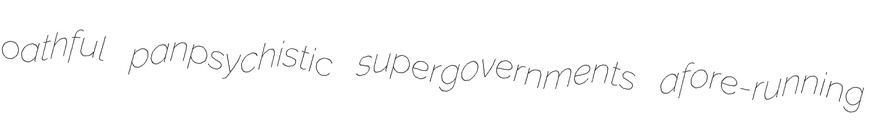
oathful panpsychistic supergovernments afore-running